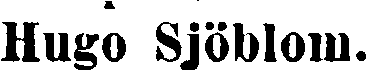
Hugo Sjöblom.